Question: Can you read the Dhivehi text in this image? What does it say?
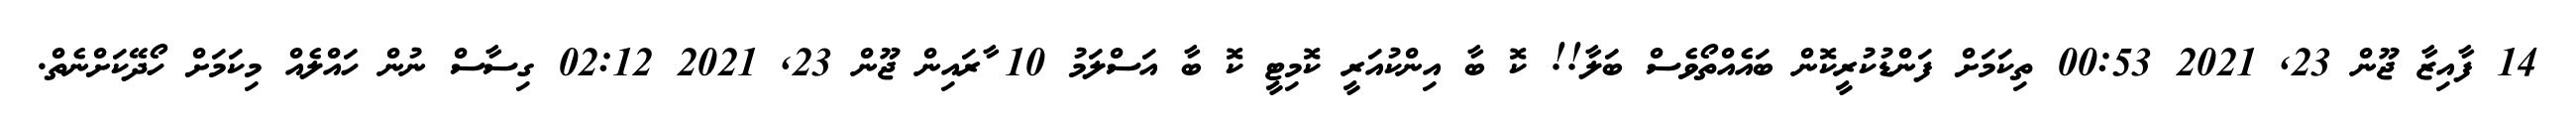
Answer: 14 ފާއިޒާ ޖޫން 23, 2021 00:53 ތިކަމަށް ފަންޑުކުރީކޮން ބައެއްތޯވެސް ބަލާ!! ކޮ ބާ އިންކުއަރީ ކޮމިޓީ ކޮ ބާ އަސްލަމު 10 ާރައިން ޖޫން 23, 2021 02:12 ގިސާސް ނުން ހައްލެއް މިކަމަށް ހޯދޭކަށްނެތް.